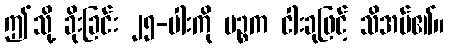
ဤသို့ ခိုးခြင်း ၂၅-ပါးကို ပဉ္စက ငါးခုဖြင့် သိအပ်၏။